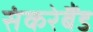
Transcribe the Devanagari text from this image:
संकरेबैंड